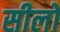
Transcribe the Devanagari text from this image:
सीलो